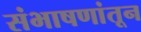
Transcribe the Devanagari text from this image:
संभाषणांतून